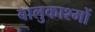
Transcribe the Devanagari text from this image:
बालुकाश्मों